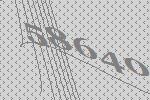
58640